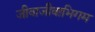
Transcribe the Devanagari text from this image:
जीवाजीवाभिगम